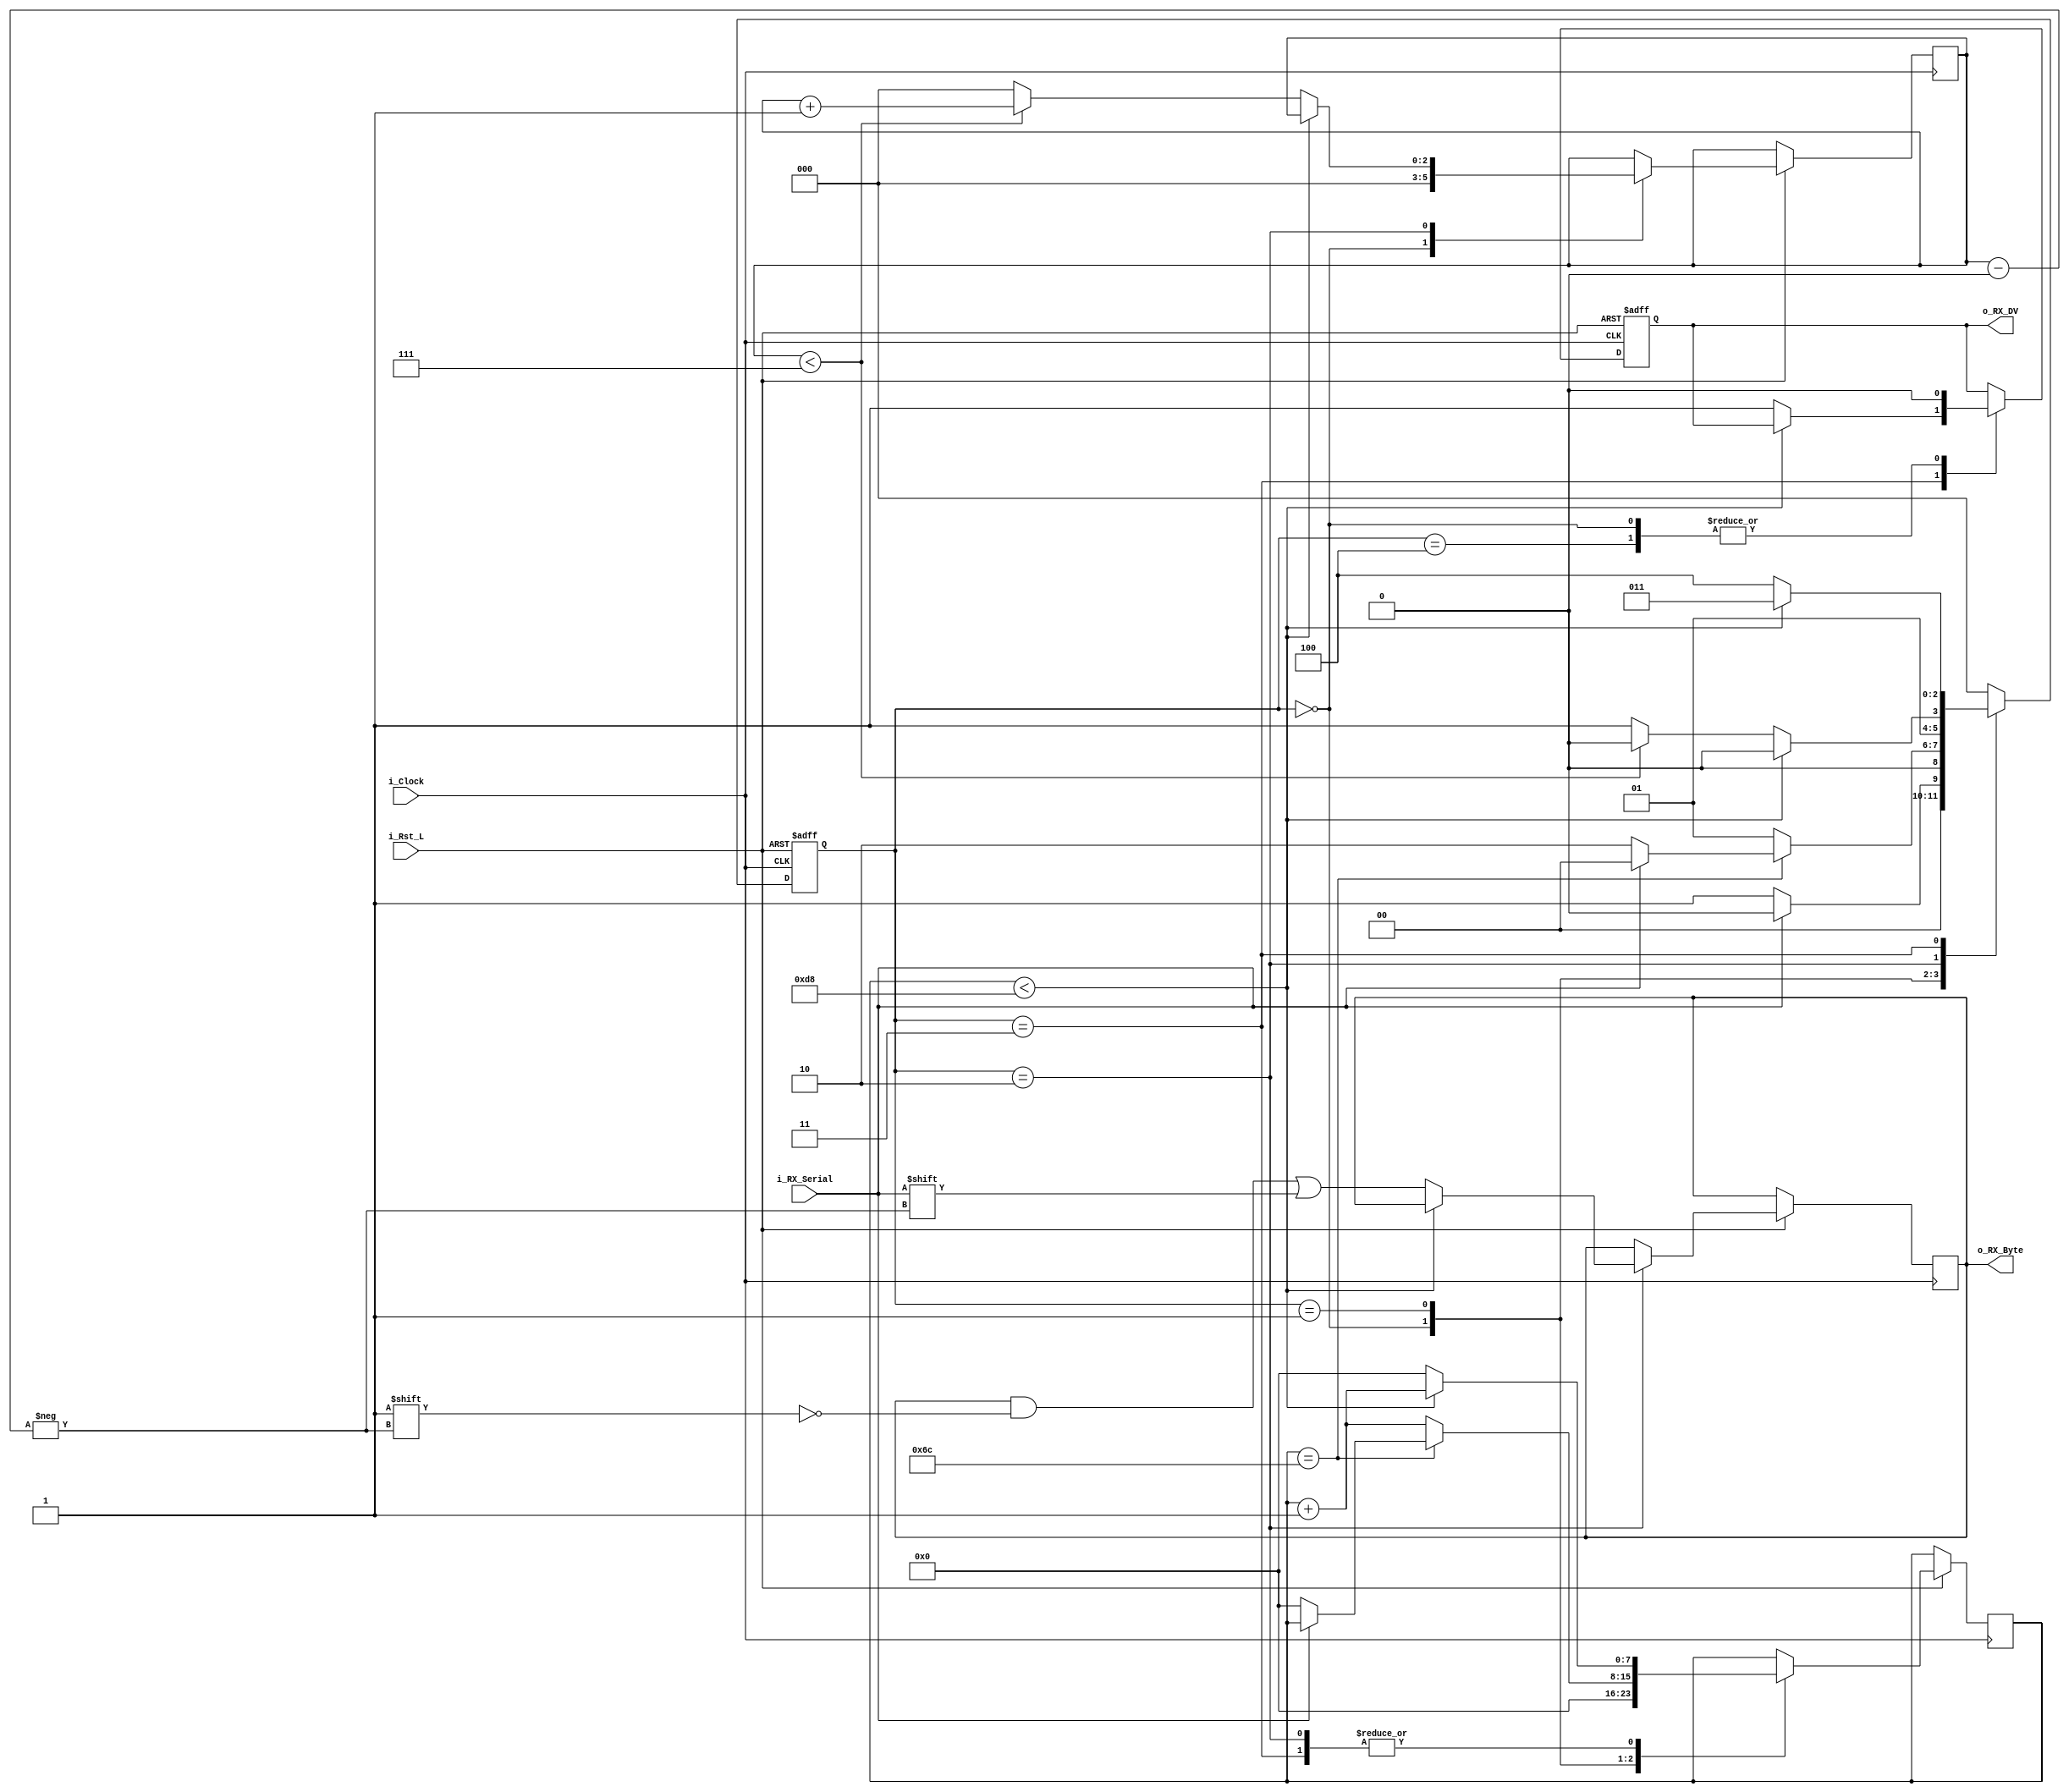
//////////////////////////////////////////////////////////////////////
//////////////////////////////////////////////////////////////////////
// Description: This file contains the UART Receiver.  This receiver is 
//              able to receive 8 bits of serial data, one start bit, one 
//              stop bit, and no parity bit.  When receive is complete 
//              o_RX_DV will be driven high for one clock cycle.
// 
// Parameters:  Set Parameter CLKS_PER_BIT as follows:
//              CLKS_PER_BIT = (Frequency of i_Clock)/(Frequency of UART)
//              Example: 25 MHz Clock, 115200 baud UART
//              (25000000)/(115200) = 217
//////////////////////////////////////////////////////////////////////////////

module UART_RX
  #(parameter CLKS_PER_BIT = 217)
  (
   input            i_Rst_L,
   input            i_Clock,
   input            i_RX_Serial,
   output reg       o_RX_DV,
   output reg [7:0] o_RX_Byte
   );
   
  localparam IDLE         = 3'b000;
  localparam RX_START_BIT = 3'b001;
  localparam RX_DATA_BITS = 3'b010;
  localparam RX_STOP_BIT  = 3'b011;
  localparam CLEANUP      = 3'b100;
  
  reg [$clog2(CLKS_PER_BIT)-1:0] r_Clock_Count;
  reg [2:0] r_Bit_Index; //8 bits total
  reg [2:0] r_SM_Main;
  
  
  // Purpose: Control RX state machine
  always @(posedge i_Clock or negedge i_Rst_L)
  begin
    if (~i_Rst_L)
    begin
      r_SM_Main <= 3'b000;
      o_RX_DV   <= 1'b0;
    end
    else
    begin
      case (r_SM_Main)
      IDLE :
        begin
          o_RX_DV       <= 1'b0;
          r_Clock_Count <= 0;
          r_Bit_Index   <= 0;
          
          if (i_RX_Serial == 1'b0)          // Start bit detected
            r_SM_Main <= RX_START_BIT;
          else
            r_SM_Main <= IDLE;
        end
      
      // Check middle of start bit to make sure it's still low
      RX_START_BIT :
        begin
          if (r_Clock_Count == (CLKS_PER_BIT-1)/2)
          begin
            if (i_RX_Serial == 1'b0)
            begin
              r_Clock_Count <= 0;  // reset counter, found the middle
              r_SM_Main     <= RX_DATA_BITS;
            end
            else
              r_SM_Main <= IDLE;
          end
          else
          begin
            r_Clock_Count <= r_Clock_Count + 1;
            r_SM_Main     <= RX_START_BIT;
          end
        end // case: RX_START_BIT
      
      
      // Wait CLKS_PER_BIT-1 clock cycles to sample serial data
      RX_DATA_BITS :
        begin
          if (r_Clock_Count < CLKS_PER_BIT-1)
          begin
            r_Clock_Count <= r_Clock_Count + 1;
            r_SM_Main     <= RX_DATA_BITS;
          end
          else
          begin
            r_Clock_Count          <= 0;
            o_RX_Byte[r_Bit_Index] <= i_RX_Serial;
            
            // Check if we have received all bits
            if (r_Bit_Index < 7)
            begin
              r_Bit_Index <= r_Bit_Index + 1;
              r_SM_Main   <= RX_DATA_BITS;
            end
            else
            begin
              r_Bit_Index <= 0;
              r_SM_Main   <= RX_STOP_BIT;
            end
          end
        end // case: RX_DATA_BITS
      
      
      // Receive Stop bit.  Stop bit = 1
      RX_STOP_BIT :
        begin
          // Wait CLKS_PER_BIT-1 clock cycles for Stop bit to finish
          if (r_Clock_Count < CLKS_PER_BIT-1)
          begin
            r_Clock_Count <= r_Clock_Count + 1;
            r_SM_Main     <= RX_STOP_BIT;
          end
          else
          begin
            o_RX_DV       <= 1'b1;
            r_Clock_Count <= 0;
            r_SM_Main     <= CLEANUP;
          end
        end // case: RX_STOP_BIT
      
      
      // Stay here 1 clock
      CLEANUP :
        begin
          r_SM_Main <= IDLE;
          o_RX_DV   <= 1'b0;
        end
      
      
      default :
        r_SM_Main <= IDLE;
      
    endcase
    end // else: !if(~i_Rst_L)
  end // always @ (posedge i_Clock or negedge i_Rst_L)
  
endmodule // UART_RX